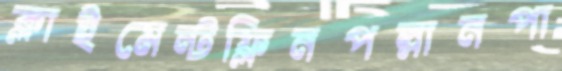
ক্লাইমেন্টফ্লিনপল্লানপা